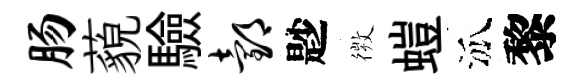
肠藐驗邰尟𢕄螘泒黎